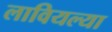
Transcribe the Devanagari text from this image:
लावियल्या